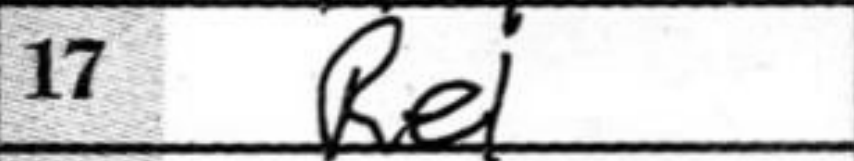
Transcription: Re1